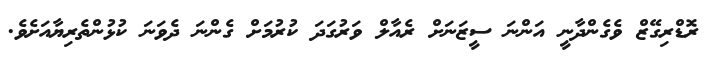
ރޮޑްރިގޭޒް ވެގެންދާނީ އަންނަ ސީޒަނަށް ރެއާލް ވަރުގަދަ ކުރުމަށް ގެންނަ ދެވަނަ ކުޅުންތެރިޔާއަށެވެ.